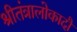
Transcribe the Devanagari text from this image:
श्रीतंत्रालोकादौ